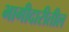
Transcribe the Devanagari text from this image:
भागीदारीतील